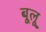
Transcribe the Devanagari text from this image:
बूलू